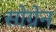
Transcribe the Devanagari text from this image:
सोग्रेन